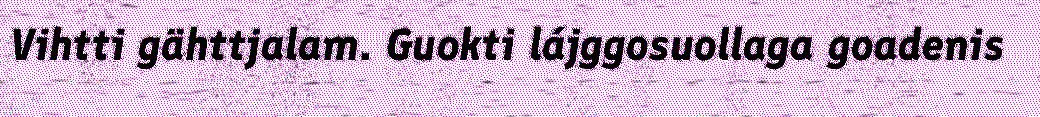
Vihtti gähttjalam. Guokti lájggosuollaga goadenis